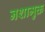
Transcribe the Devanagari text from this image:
नशामुक्त